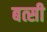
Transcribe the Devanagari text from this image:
बत्सी